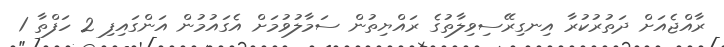
ރާއްޖެއަށް ދަތުރުކުރާ އިނގިރޭސިވިލާތުގެ ރައްޔިތުން ސަމާލުވުމަށް އެގައުމުން އަންގައިފި 2 ހަފްތާ 1